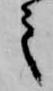
之